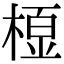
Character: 𭫓